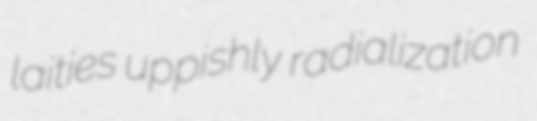
laities uppishly radialization